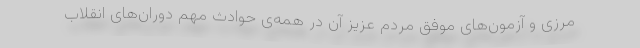
مرزی و آزمون‌های موفق مردم عزیز آن در همه‌ی حوادث مهم دوران‌های انقلاب